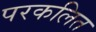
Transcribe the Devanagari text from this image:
परकलित